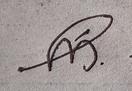
Signature authenticity: genuine